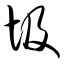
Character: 圾